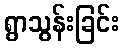
ရွာသွန်းခြင်း